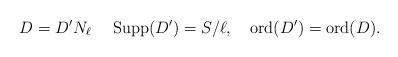
LaTeX: \begin{align*}D=D^{\prime}N_{\ell}\ \ \ \ \mathrm{Supp}(D^{\prime})=S/\ell, \ \ \ \mathrm{ord}(D^{\prime})=\mathrm{ord}(D).\end{align*}